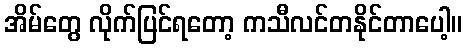
အိမ်တွေ လိုက်ပြင်ရတော့ ကသီလင်တနိုင်တာပေါ့။